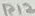
Text: R12